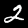
Label: 2